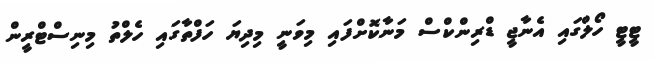
ޓީޓީ ހޯލްގައި އެނާޖީ ޑްރިންކްސް މަނާކޮށްފައި މިވަނީ މިދިޔަ ހަފްތާގައި ހެލްތު މިނިސްޓްރީން